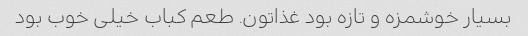
بسیار خوشمزه و تازه بود غذاتون. طعم کباب خیلی خوب بود